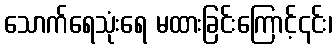
သောက်ရေသုံးရေ မထားခြင်းကြောင့်၎င်း၊